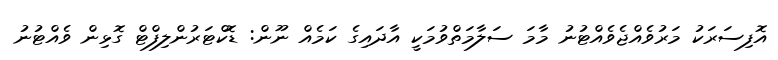
އޮފިސަރަކު މަރުވެއްޖެވެއްޓުނު މާމަ ސަލާމަތްވުމަކީ އާދައިގެ ކަމެއް ނޫން: ޑޮކްޓަރުންލިފްޓް ގޮޅިން ވެއްޓުނު